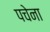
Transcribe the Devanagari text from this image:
पचेना